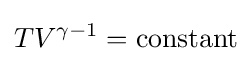
TV^{\gamma -1}={\text{constant}}